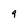
Character: 9